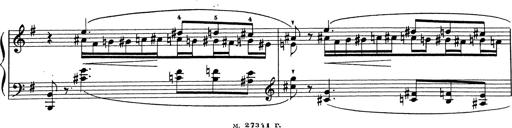
Title: Grosses Konzertsolo
Composer: Franz Liszt